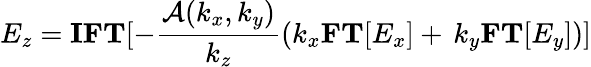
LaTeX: E_{z}=\mathbf{IFT}[-\frac{\mathcal{A}(k_{x},k_{y})}{k_{z}}(k_{x}\mathbf{FT}[E_{x}]+\, k_{y}\mathbf{FT}[E_{y}])]